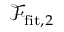
\mathcal { F } _ { \mathrm { f i t } , 2 }